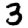
Digit: 3